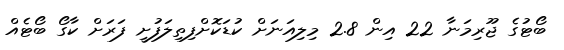
ބޯޓުގެ ޖޫރިމަނާ 22 އިން 2.8 މިލިއަނަށް ކުޑަކޮށްފިތިލަފުށީ ފަރަށް ކާގޯ ބޯޓެއް